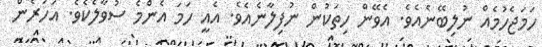
ހަމަޖެހުމެއް ނުލިބޭނެއެވެ. އެވޭން ހިތަކުން ނުފިލާނެއެވެ. އެއީ ހަމަ އެންމެ ސުވާލެކެވެ. އަހަރެން